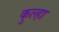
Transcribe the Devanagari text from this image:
कुल्हा